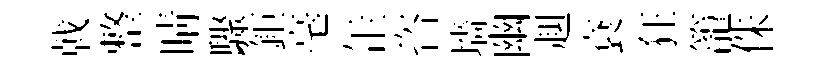
戟整晴驟鉅毫𦈢咨墻幽赳袞狂籠侏